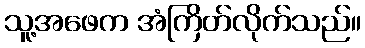
သူ့အဖေက အံကြိတ်လိုက်သည်။